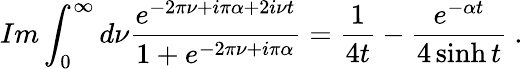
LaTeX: Im\int_{0}^{\infty}d\nu\frac{e^{-2\pi\nu+i\pi\alpha+2i\nu t}}{1+e^{-2\pi\nu+i\pi\alpha}}=\frac{1}{4t}-\frac{e^{-\alpha t}}{4\sinh t}\ .